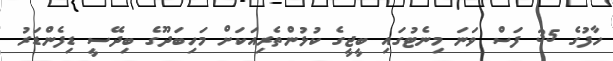
ހާފުގެ 35 ފަސް ވަނަ މިނެޓުގައި ބީޖީގެ ކުޅުންތެރިއަކަށް މަހިބަދޫގެ ބިދޭސީ ޑިފެންޑަރު